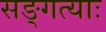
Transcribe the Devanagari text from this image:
सङ्गत्याः